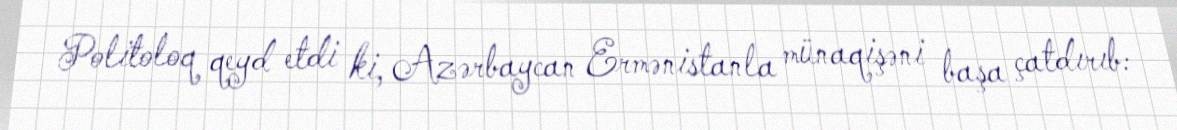
Politoloq qeyd etdi ki, Azərbaycan Ermənistanla münaqişəni başa çatdırıb: